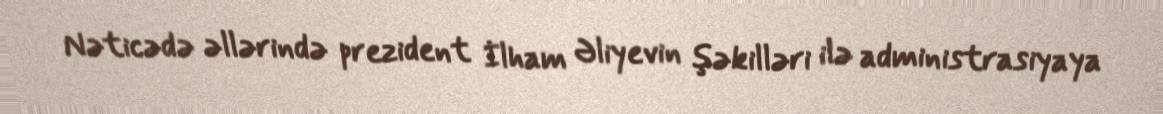
Nəticədə əllərində prezident İlham Əliyevin şəkilləri ilə administrasiyaya